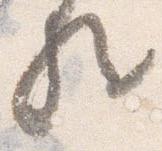
歟